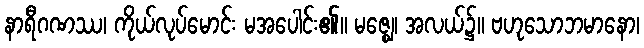
နာရီဂဏဿ၊ ကိုယ်လုပ်မောင်း မအပေါင်း၏။ မဇ္ဈေ၊ အလယ်၌။ ဗဟုသောဘမာနော၊